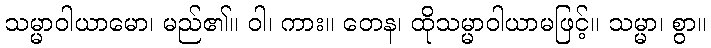
သမ္မာဝါယာမော၊ မည်၏။ ဝါ၊ ကား။ တေန၊ ထိုသမ္မာဝါယာမဖြင့်။ သမ္မာ၊ စွာ။